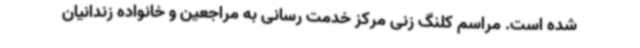
شده است. مراسم کلنگ زنی مرکز خدمت رسانی به مراجعین و خانواده زندانیان